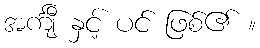
အင်္ကျီ နှင့် ပင် ဖြစ်၏ ။